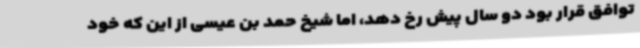
توافق قرار بود دو سال پیش رخ دهد، اما شیخ حمد بن عیسی از این که خود